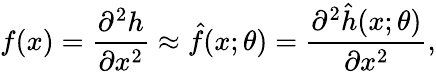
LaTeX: f(x)=\frac{\partial^{2}{h}}{\partial{x^{2}}}\approx\hat{f}(x;\theta)=\frac{{{\partial^{2}}\hat{h}(x;\theta)}}{{\partial{x^{2}}}},